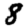
Digit: 8